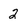
Character: 2